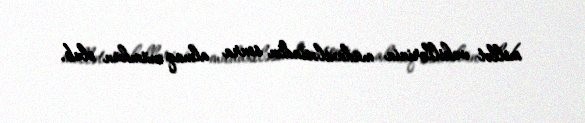
millət vəkillərinin müdaxiləsindən sonra almaq mümkün olub.